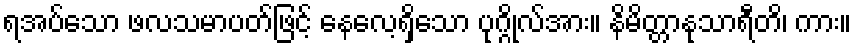
ရအပ်သော ဖလသမာပတ်ဖြင့် နေလေ့ရှိသော ပုဂ္ဂိုလ်အား။ နိမိတ္တာနုသာရီတိ၊ ကား။